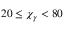
2 0 \leq \chi _ { \gamma } < 8 0